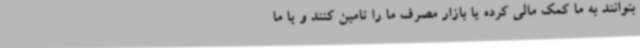
بتوانند به ما کمک مالی کرده یا بازار مصرف ما را تامین کنند و یا ما